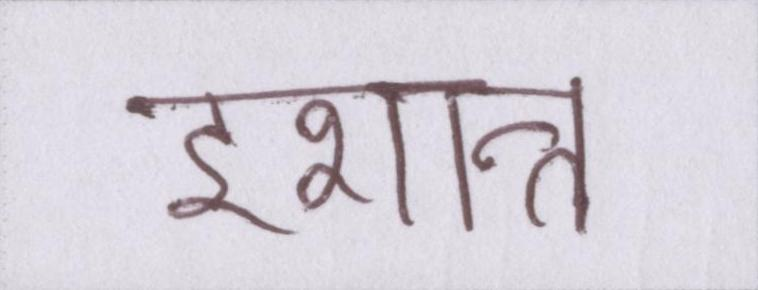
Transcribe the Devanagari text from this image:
इशान्त